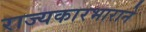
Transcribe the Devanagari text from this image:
राज्यकारभाराने